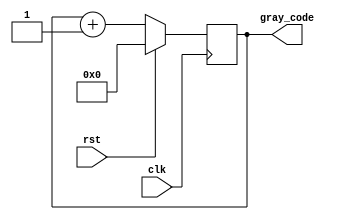
module Gray_Code_Ring_Counter(
  input clk,
  input rst,
  output reg [3:0] gray_code
);

reg [3:0] next_gray_code;

always @(posedge clk) begin
  if (rst) begin
    gray_code <= 4'b0000;
  end else begin
    gray_code <= next_gray_code;
  end
end

always @(*) begin
  next_gray_code = gray_code + 1;
end

endmodule